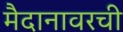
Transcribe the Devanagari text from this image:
मैदानावरची